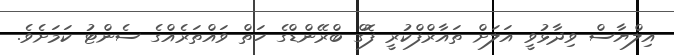
އިލްޔާސް ވިދާޅުވީ އަލަށް ތައާރްފްކުރީ ފޮގް ބްރޭންޑްގެ ހަތް ވައްތަރެއްގެ ސެންޓު ކަމަށެވެ.